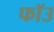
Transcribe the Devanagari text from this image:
फॉउ